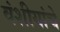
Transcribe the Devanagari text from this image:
वंशीयांचे